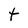
Character: t